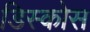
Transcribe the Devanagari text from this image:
डिस्कोस